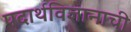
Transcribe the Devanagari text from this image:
पदार्थविज्ञानाची